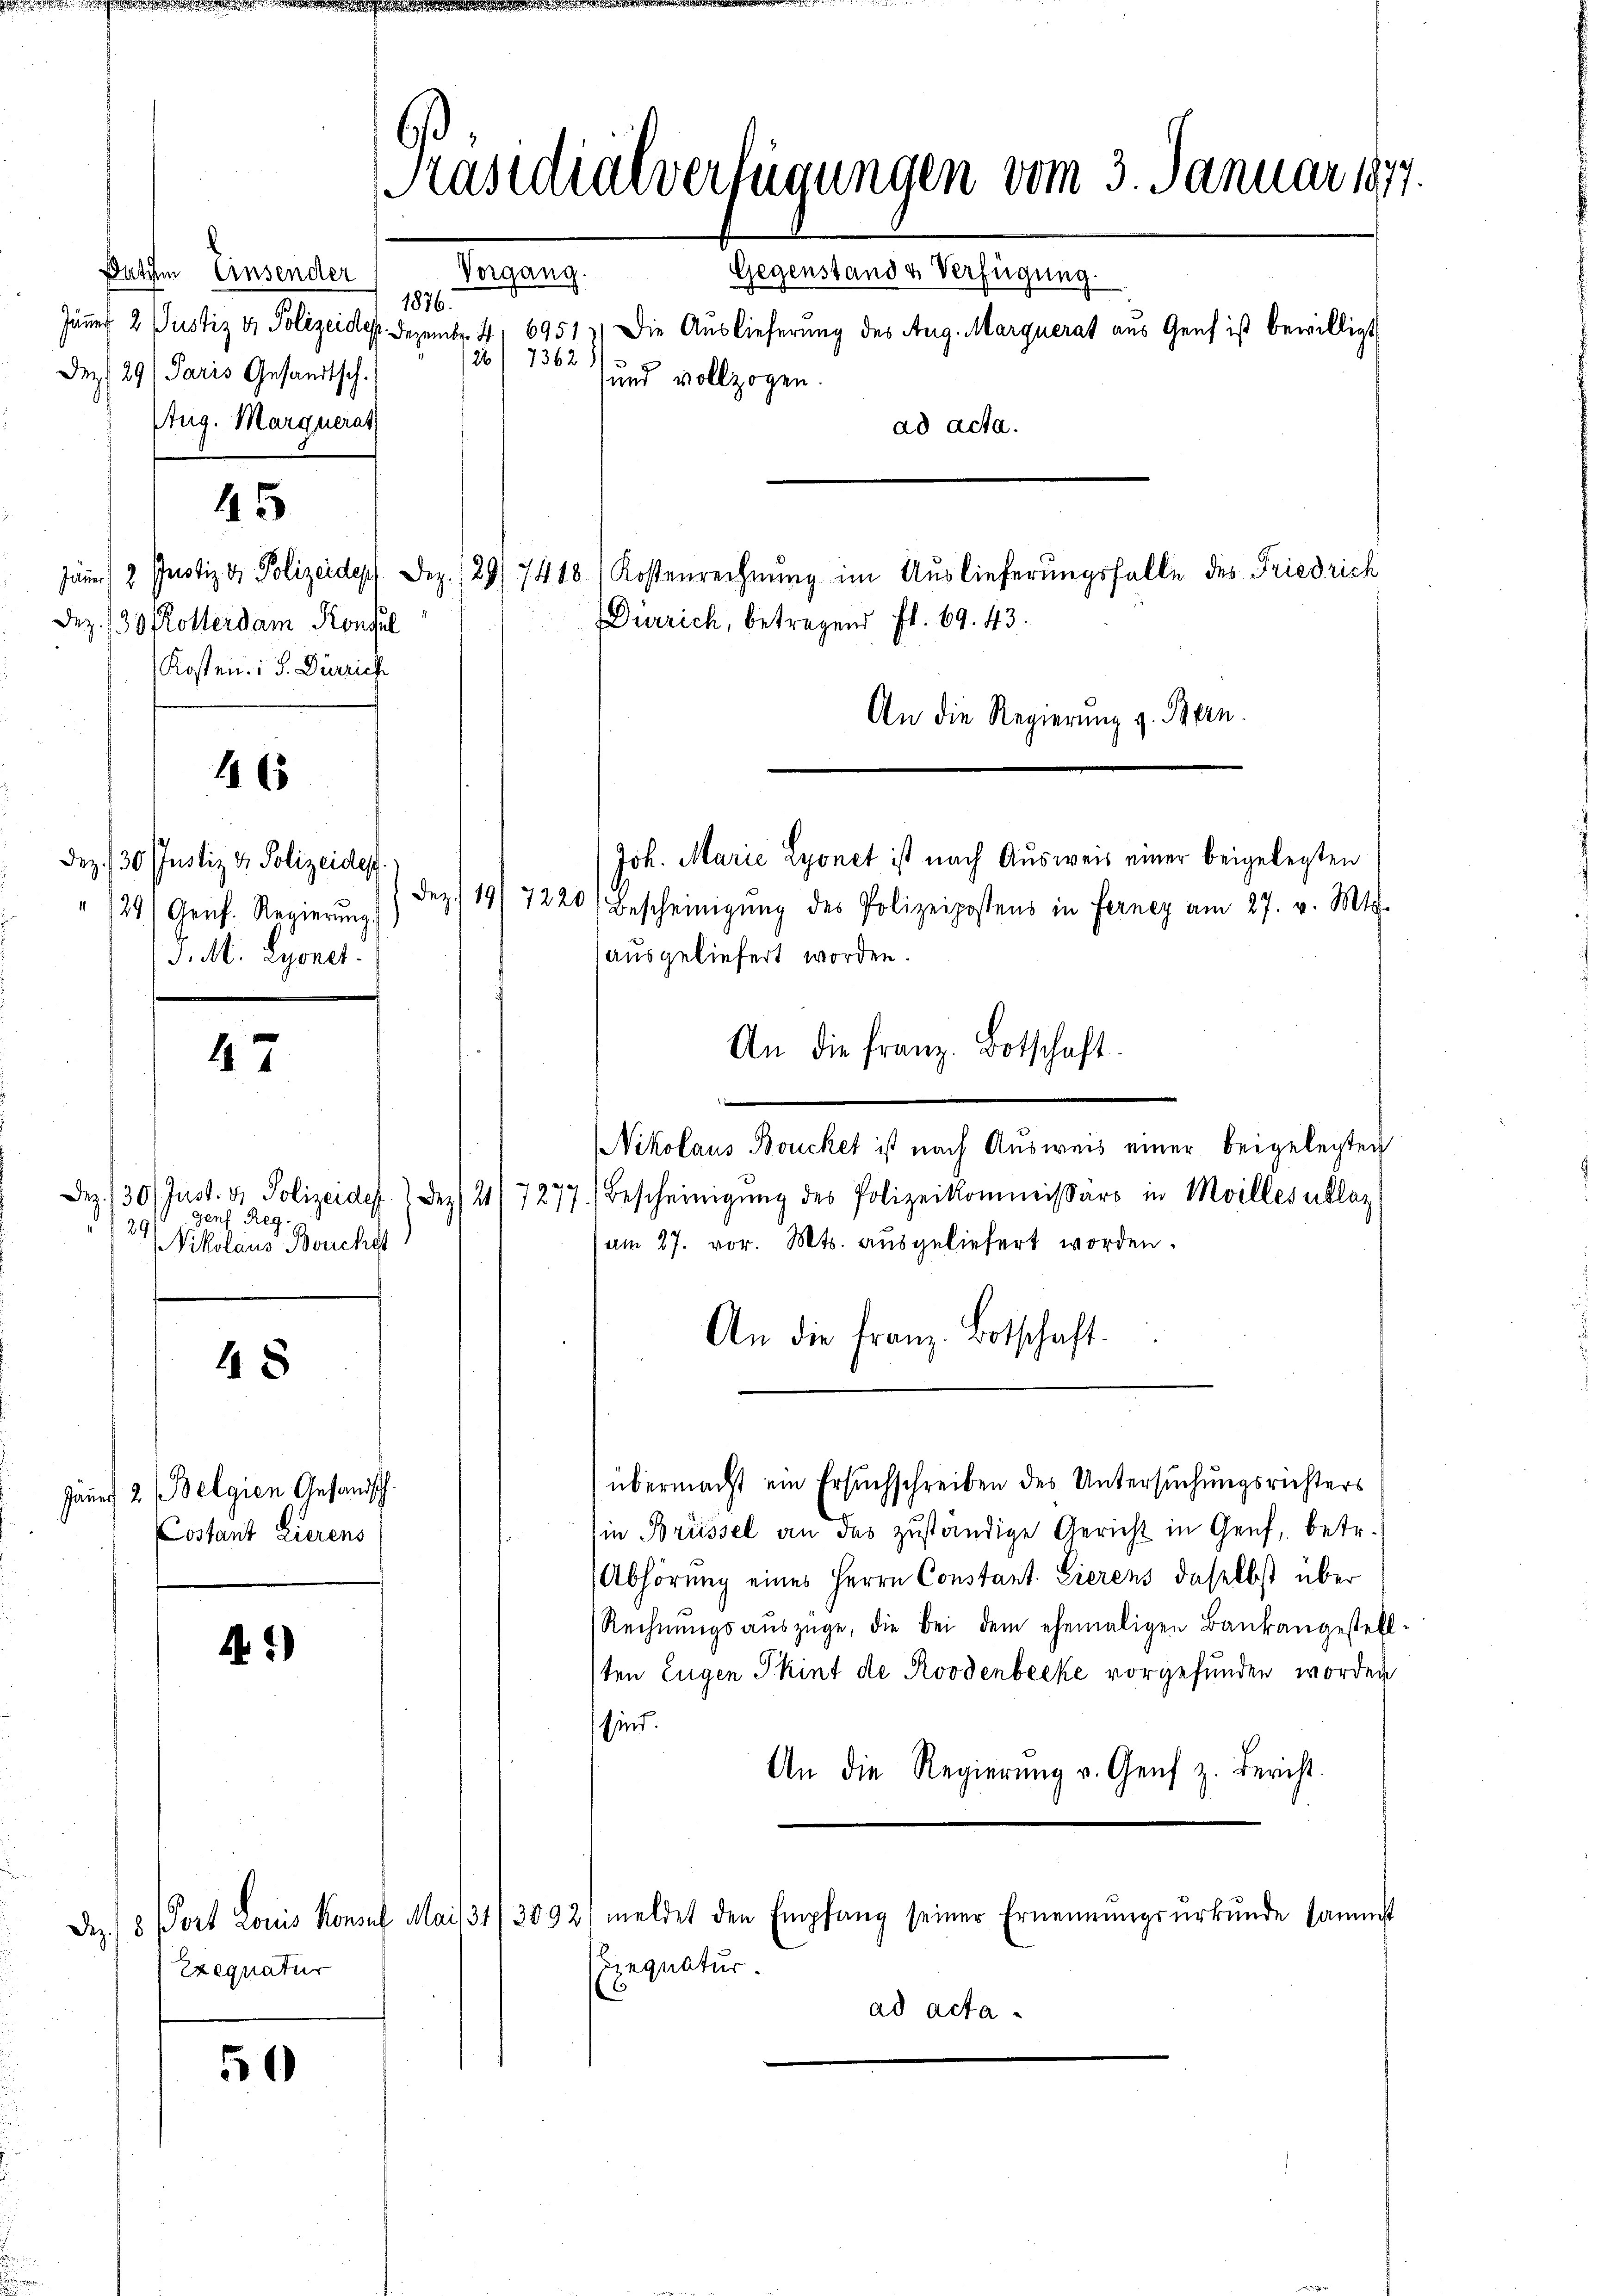
Dez 29/ Paris Gesandtsch.
Aug. Marquerat
ad acta.
au 2. Justiz & Polizeides Dez. 129/7418) Kostenrechnung im Auslieferungsfalle des Friedrich
Dürrich, betragend fl. 69. 43.
An die Regierung z. Bern.
Joh. Marie Lyonet ist nach Ausweis einer beigelegten
Dez. 19/7220 (Bescheinigŭng des Polizeipostens in Ferner am 27. v. Mts.
ausgeliefert worden.
An die franz. Botschaft.
Nikolaus Boucket ist nach Ausweis einer beigelegten
9
Dez. 130/ Just. v. Polizeides. 1. Dez. 211 1217.) Bescheinigŭng des Polizeikommissärs in Moilles klar
gen Reg.
29
am 27. vor. Mts. ausgeliefert worden.
Nikolaus Borchest
An die Franz Botschaft.
48
übermacht ein Ersuchschreiben des Untersuchungsrichters
Jäner 2 (Belgien Gesandsch
in Brüssel an das zuständige Gericht in Genf, betr.
Costant Lierens
Abhörung eines Herrn Constant. Eierens daselbst über
Rechnŭngsauszüge, die bei dem ehemaligen Baukangestel
1)
sten Eugen Skint de Roodenbecke vorgefunden worden
sind.
An die Regierŭng v. Genf z. Bericht.
Dez. 8 Port Louis Konsul Mail 34/ 3092/ meldet den Empfang seiner Ernennŭngsŭrkŭnde samm
Exequatur.
Exequatur
ad acta

Datum Einsender

165

47

5

45

ez. 130 Kollerdam Konsul
Kosten : S. Dürrich

Dez. 130. Justiz & Polizeides
" 1291 Genf. Regierung
J. M. Lyonet.

Präsidialverfügungen vom 3. Januar 1877.
Vorgang.
Gegenstand & Verfügung.
1876.
äner 2 Justiz & Polizeides. Dezember. 4, 69513) Die Auslieferung des Aug. Marquerat aus Genf ist bewilligt
1362)
22
und vollzogen.